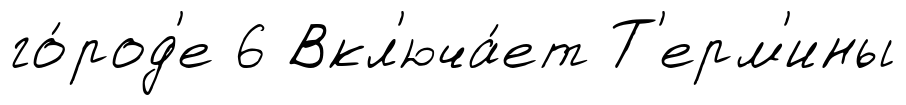
го́род'е 6 Вкл'юча́ет Т'ерм'ины